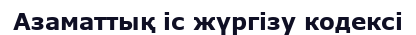
Азаматтық іс жүргізу кодексі